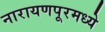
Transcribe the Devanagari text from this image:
नारायणपूरमध्ये